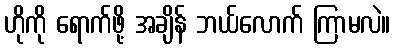
ဟိုကို ရောက်ဖို့ အချိန် ဘယ်လောက် ကြာမလဲ။